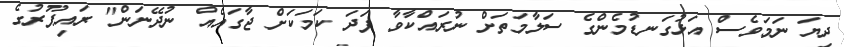
ދިޔަ ނަމަވެސް އަޅުގަނޑުމެންގެ ސަލާމަތަށް ނުރައްކާވާ ފަދަ ކަމަކަށް ޖާގައެއް ނުދޭނަން" ރައިޕޫރުގެ